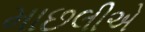
માછલીએ